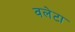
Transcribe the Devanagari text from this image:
वलेटा